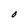
Character: O